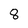
Character: 8